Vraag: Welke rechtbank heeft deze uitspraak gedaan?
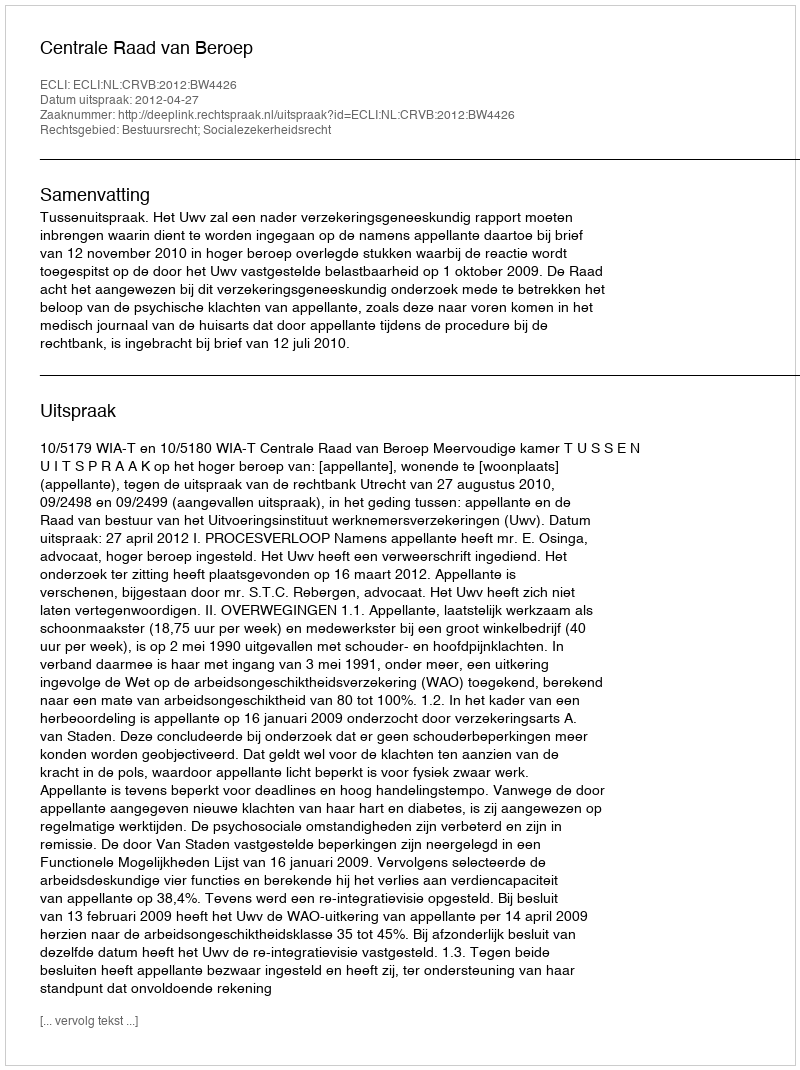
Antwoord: Centrale Raad van Beroep